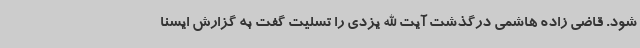
شود. قاضی زاده هاشمی درگذشت آیت الله یزدی را تسلیت گفت به گزارش ایسنا